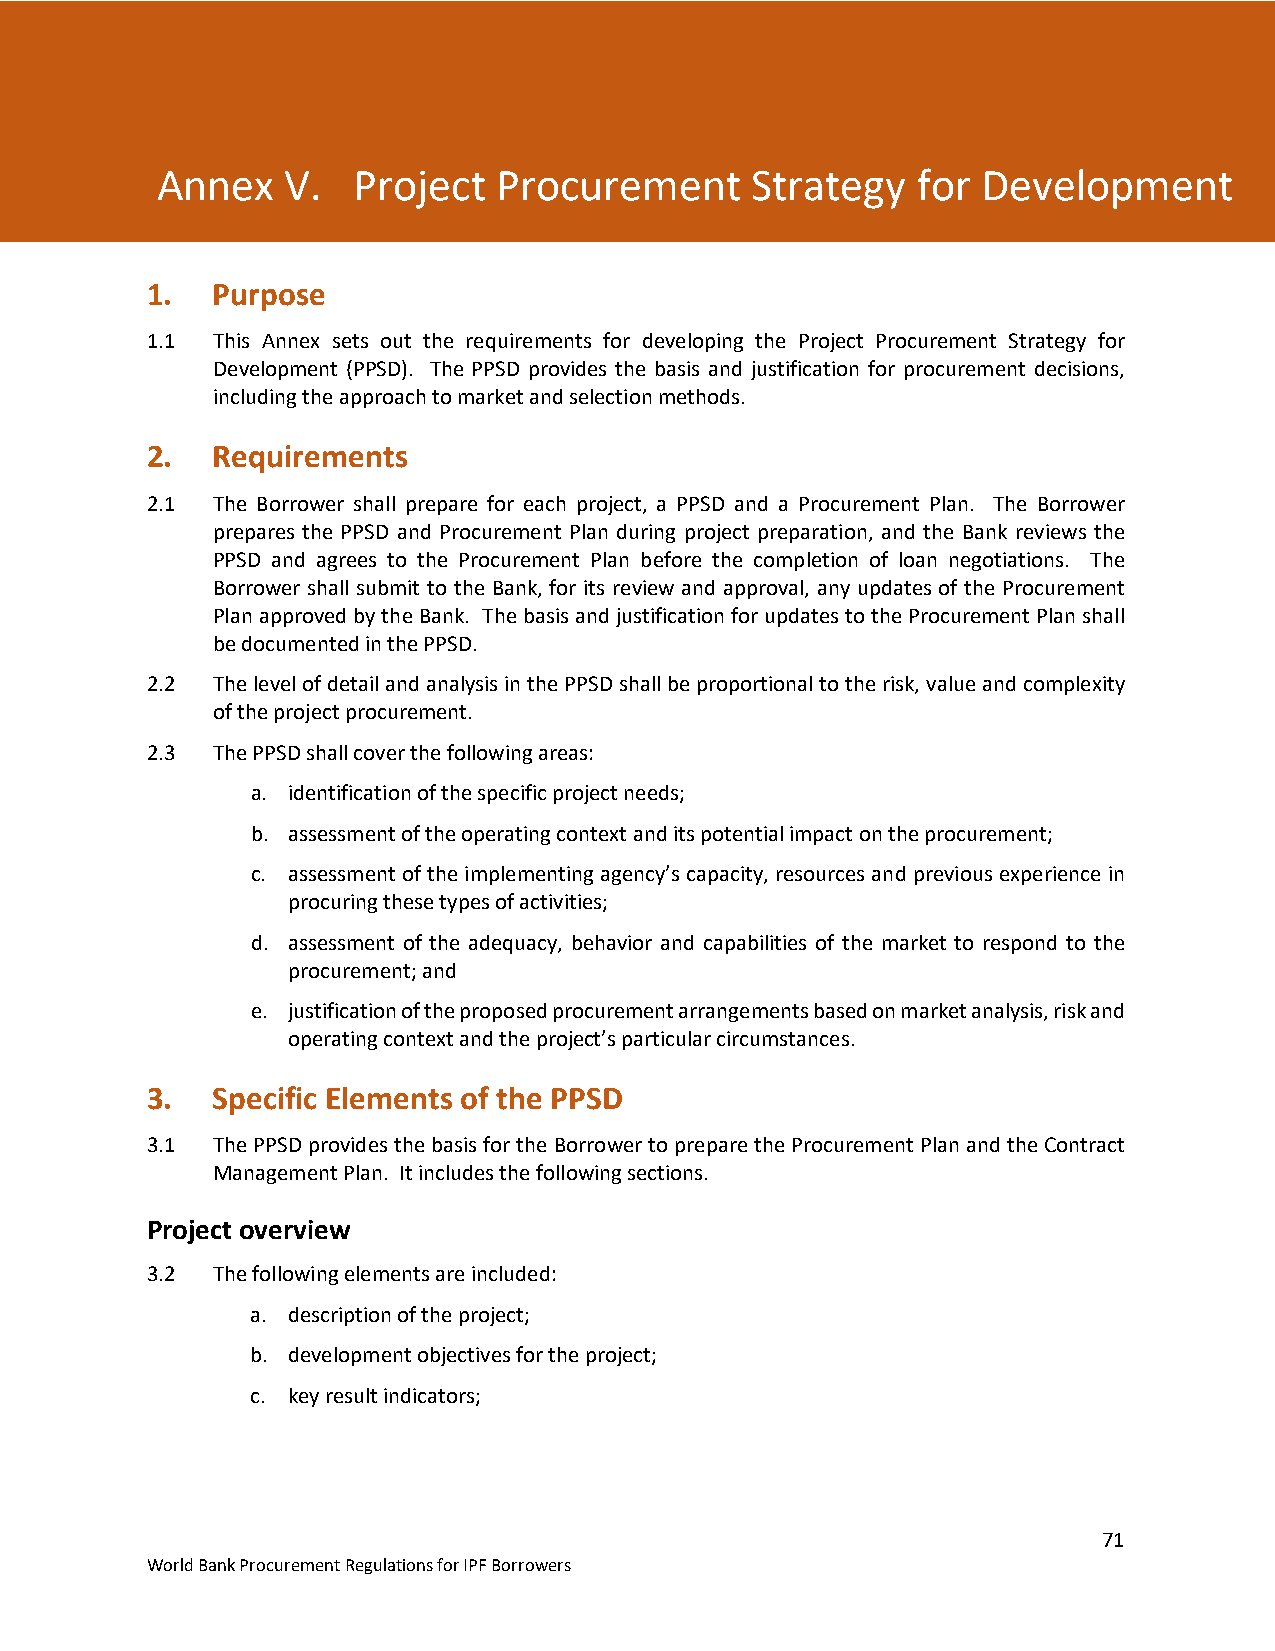
Annex V. Project Procurement Strategy for Development (PPSD)
 Annex    V.  Project   Procurement      Strategy   for Development
 Annex  V. Project Procurement Strategy for Development
 1.  Purpose
 1.1 This Annex sets out the requirements for developing the Project Procurement Strategy for
 Development (PPSD). The PPSD provides the basis and justification for procurement decisions,
 including the approach to market and selection methods.
 2.  Requirements
 2.1 The Borrower shall prepare for each project, a PPSD and a Procurement Plan. The Borrower
 prepares the PPSD and Procurement Plan during project preparation, and the Bank reviews the
 PPSD and agrees to the Procurement Plan before the completion of loan negotiations. The
 Borrower shall submit to the Bank, for its review and approval, any updates of the Procurement
 Plan approved by the Bank. The basis and justification for updates to the Procurement Plan shall
 be documented in the PPSD.
 2.2 The level of detail and analysis in the PPSD shall be proportional to the risk, value and complexity
 of the project procurement.
 2.3 The PPSD shall cover the following areas:
 a. identification of the specific project needs;
 b. assessment of the operating context and its potential impact on the procurement;
 c. assessment of the implementing agency’s capacity, resources and previous experience in
 procuring these types of activities;
 d. assessment of the adequacy, behavior and capabilities of the market to respond to the
 procurement; and
 e. justification of the proposed procurement arrangements based on market analysis, risk and
 operating context and the project’s particular circumstances.
 3.  Specific Elements of the PPSD
 3.1 The PPSD provides the basis for the Borrower to prepare the Procurement Plan and the Contract
 Management Plan. It includes the following sections.
 Project overview
 3.2 The following elements are included:
 a. description of the project;
 b. development objectives for the project;
 c. key result indicators;
 71
 World Bank Procurement Regulations for IPF Borrowers